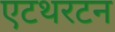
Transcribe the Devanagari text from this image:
एटथरटन